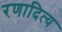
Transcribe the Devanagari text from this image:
रणादित्य